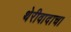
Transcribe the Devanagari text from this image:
थेरीवादाचा